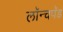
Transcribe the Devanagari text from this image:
लॉन्चपॅड